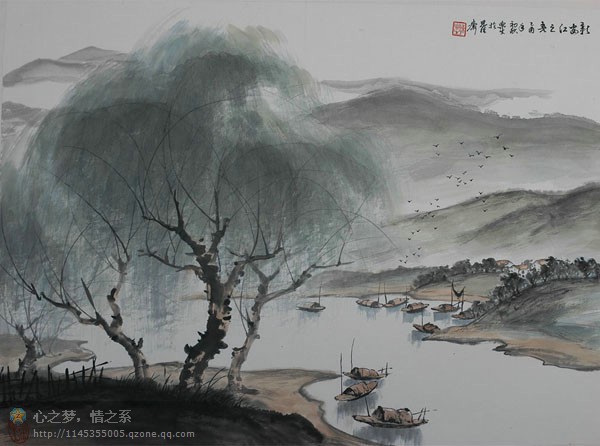
屋上春鸠鸣，村边杏花白。